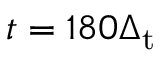
t = 1 8 0 \Delta _ { \mathrm { t } }